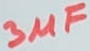
Text: 3µF